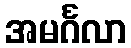
အမင်္ဂလာ